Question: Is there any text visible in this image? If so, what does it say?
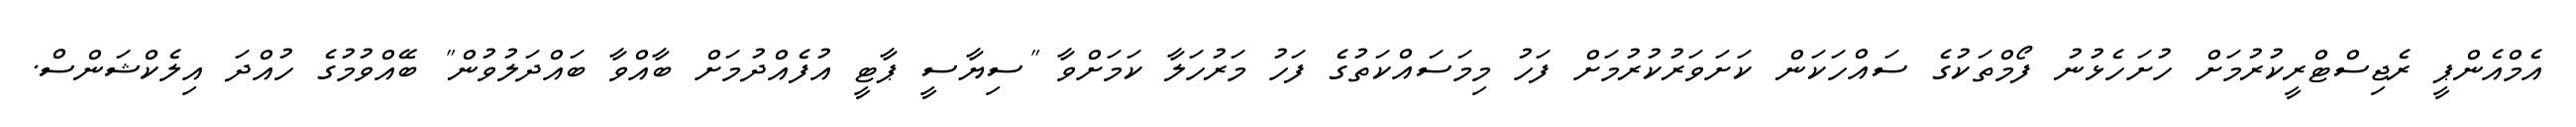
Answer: އެމްއެންޕީ ރެޖިސްޓްރީކުރުމަށް ހުށަހެޅުނު ފޯމްތަކުގެ ސައްހަކަން ކަށަވަރުކުރުމަށް ފަހު މިމަސައްކަތުގެ ފަހު މަރުހަލާ ކަމަށްވާ "ސިޔާސީ ޕާޓީ އުފެއްދުމަށް ބާއްވާ ބައްދަލުވުން" ބޭއްވުމުގެ ހުއްދަ އިލެކްޝަންސް.